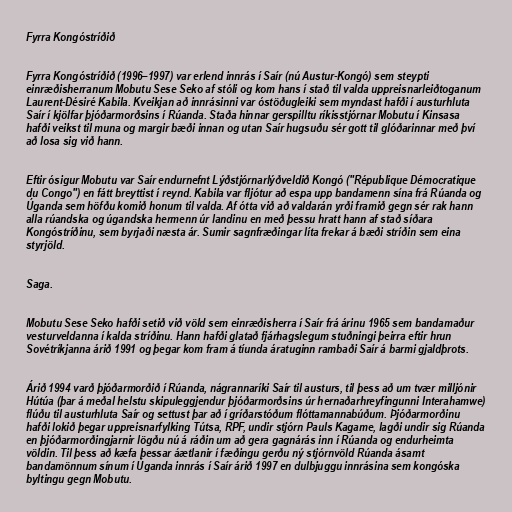
Fyrra Kongóstríðið

Fyrra Kongóstríðið (1996–1997) var erlend innrás í Saír (nú Austur-Kongó) sem steypti
einræðisherranum Mobutu Sese Seko af stóli og kom hans í stað til valda uppreisnarleiðtoganum
Laurent-Désiré Kabila. Kveikjan að innrásinni var óstöðugleiki sem myndast hafði í austurhluta
Saír í kjölfar þjóðarmorðsins í Rúanda. Staða hinnar gerspilltu ríkisstjórnar Mobutu í Kinsasa
hafði veikst til muna og margir bæði innan og utan Saír hugsuðu sér gott til glóðarinnar með því
að losa sig við hann.

Eftir ósigur Mobutu var Saír endurnefnt Lýðstjórnarlýðveldið Kongó ("République Démocratique
du Congo") en fátt breyttist í reynd. Kabila var fljótur að espa upp bandamenn sína frá Rúanda og
Úganda sem höfðu komið honum til valda. Af ótta við að valdarán yrði framið gegn sér rak hann
alla rúandska og úgandska hermenn úr landinu en með þessu hratt hann af stað síðara
Kongóstríðinu, sem byrjaði næsta ár. Sumir sagnfræðingar líta frekar á bæði stríðin sem eina
styrjöld.

Saga.

Mobutu Sese Seko hafði setið við völd sem einræðisherra í Saír frá árinu 1965 sem bandamaður
vesturveldanna í kalda stríðinu. Hann hafði glatað fjárhagslegum stuðningi þeirra eftir hrun
Sovétríkjanna árið 1991 og þegar kom fram á tíunda áratuginn rambaði Saír á barmi gjaldþrots.

Árið 1994 varð þjóðarmorðið í Rúanda, nágrannaríki Saír til austurs, til þess að um tvær milljónir
Hútúa (þar á meðal helstu skipuleggjendur þjóðarmorðsins úr hernaðarhreyfingunni Interahamwe)
flúðu til austurhluta Saír og settust þar að í gríðarstóðum flóttamannabúðum. Þjóðarmorðinu
hafði lokið þegar uppreisnarfylking Tútsa, RPF, undir stjórn Pauls Kagame, lagði undir sig Rúanda
en þjóðarmorðingjarnir lögðu nú á ráðin um að gera gagnárás inn í Rúanda og endurheimta
völdin. Til þess að kæfa þessar áætlanir í fæðingu gerðu ný stjórnvöld Rúanda ásamt
bandamönnum sínum í Úganda innrás í Saír árið 1997 en dulbjuggu innrásina sem kongóska
byltingu gegn Mobutu.